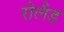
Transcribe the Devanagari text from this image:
रोलैड